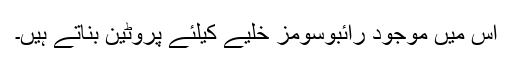
اس میں موجود رائبوسومز خلیے کیلئے پروٹین بناتے ہیں۔